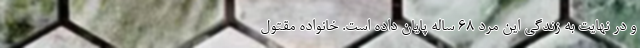
و در نهایت به زندگی این مرد ۶۸ ساله پایان داده است. خانواده مقتول